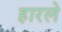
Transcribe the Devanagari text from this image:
हारले